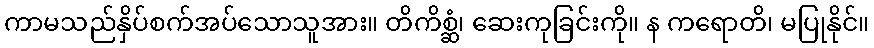
ကာမသည်နှိပ်စက်အပ်သောသူအား။ တိကိစ္ဆံ၊ ဆေးကုခြင်းကို။ န ကရောတိ၊ မပြုနိုင်။